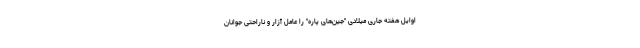
اوایل هفته جاری میلادی "جین‌های پاره" را عامل آزار و ناراحتی جوانان